Vaccination United Provinces of Agra and Oudh 1923-1928 - 1923-1928
Year: 1923
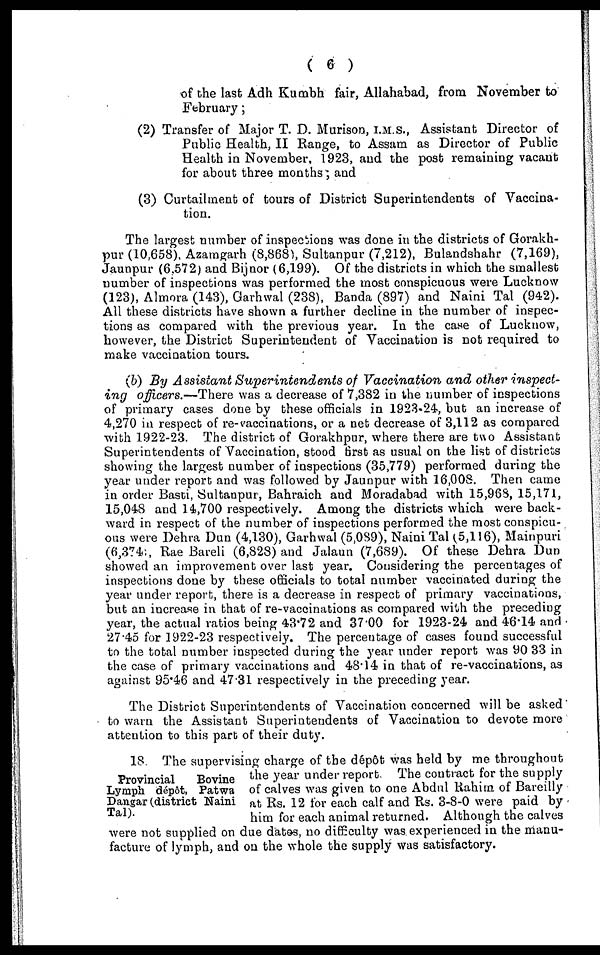
( 6 )
of the last Adh Kumbh fair, Allahabad, from November to
February ;
(2) Transfer of Major T. D. Murison, I.M.S., Assistant Director of
Public Health, II Range, to Assam as Director of Public
Health in November, 1923, and the post remaining vacant
for about three months; and
(3) Curtailment of tours of District Superintendents of Vaccina-
tion.
The largest number of inspections was done in the districts of Gorakh-
pur (10,658). Azamgarh (8,868), Sultanpur (7,212), Bulandshahr (7,169),
Jaunpur (6,572) and Bijnor (6,199). Of the districts in which the smallest
number of inspections was performed the most conspicuous were Lucknow
(123), Almora (143), Garhwal (238), Banda (897) and Naini Tal (942).
All these districts have shown a further decline in the number of inspec-
tions as compared with the previous year. In the case of Lucknow,
however, the District Superintendent of Vaccination is not required to
make vaccination tours.
(b) By Assistant Superintendents
of Vaccination and other inspect-
ing officers.—There was a decrease of 7,382 in the number of inspections
of primary cases done by these officials in 1923-24, but an increase of
4,270 in respect of re-vaccinations, or a net decrease of 3,112 as compared
with 1922-23. The district of Gorakhpur, where there are two Assistant
Superintendents of Vaccination, stood first as usual on the list of districts
showing the largest number of inspections (35,779) performed during the
year under report and was followed by Jaunpur with 16,008. Then came
in order Basti, Sultanpur, Bahraich and Moradabad with 15,968, 15,171,
15,048 and 14,700 respectively. Among the districts which were back-
ward in respect of the number of inspections performed the most conspicu-
ons were Dehra Dun (4,130), Garhwal (5,089), Naini Tal (5,116), Mainpuri
(6,374:, Rae Bareli (6,828) and Jalaun (7,689). Of these Dehra Dun
showed an improvement over last year. Considering the percentages of
inspections done by these officials to total number vaccinated during the
year under report, there is a decrease in respect of primary vaccinations,
but an increase in that of re-vaccinations as compared with the preceding
year, the actual ratios being 43.72 and 37.00 for 1923-24 and 46.14 and
27.45 for 1922-23 respectively. The percentage of cases found successful
to the total number inspected during the year under report was 90.33 in
the case of primary vaccinations and 48.14 in that of re-vaccinations, as
against 95.46 and 47.31 respectively in the preceding year.
The District Superintendents of Vaccination concerned will be asked
to warn the Assistant Superintendents of Vaccination to devote more
attention to this part of their duty.
Provincial
Bovine
Lymph dépôt, Patwa
Dangar (district Naini
Tal).
18. The supervising charge of the dépôt was held by me throughout
the year under report. The contract for the supply
of calves was given to one Abdul Rahim of Bareilly
at Rs. 12 for each calf and Rs. 3-8-0 were paid by
him for each animal returned. Although the calves
were not supplied on due dates, no difficulty was experienced in the manu-
facture of lymph, and on the whole the supply was satisfactory.